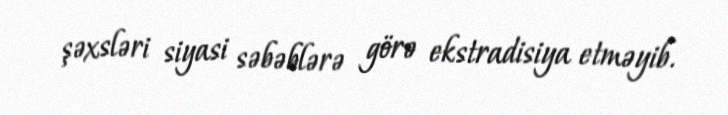
şəxsləri siyasi səbəblərə görə ekstradisiya etməyib.